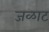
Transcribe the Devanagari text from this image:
जळाट